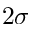
2 \sigma